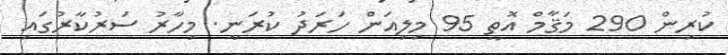
ކުރިން 290 މަޤާމް އޮތީ 95 މިލިއަން ހަރަދު ކުރަނީ. މިހާރު ސަރުކާރުގައި